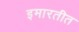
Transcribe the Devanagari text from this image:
इमारतीत